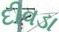
દીવડા